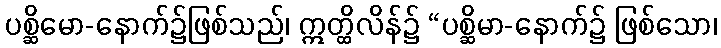
ပစ္ဆိမော-နောက်၌ဖြစ်သည်၊ ဣတ္ထိလိန်၌ “ပစ္ဆိမာ-နောက်၌ ဖြစ်သော၊